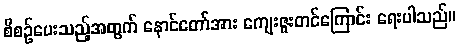
စီစဉ်ပေးသည့်အတွက် နောင်တော်အား ကျေးဇူးတင်ကြောင်း ရေးပါသည်။